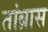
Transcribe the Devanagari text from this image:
तांब्रास